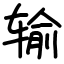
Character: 输